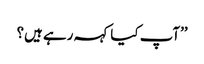
’’آپ کیا کہہ رہے ہیں؟